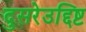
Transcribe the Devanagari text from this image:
दुसरेउद्दिष्ट